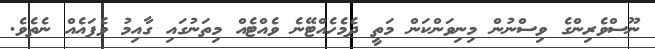
ނޫސްވެރިންގެ ވިސްނުން މިނިވަންކަން މަތީ ދެމެހެއްޓޭނެ ވެއްޓެއް މިތަނުގައި ގާއިމު ވެފައެއް ނެތެވެ.